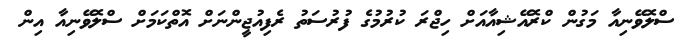
ސްލޮވޭނިއާ މަގުން ކްރޮއޭޝިއާއަށް ހިޖްރަ ކުރުމުގެ ފުރުސަތު ރެފިއުޖީންނަށް އޮތްކަމަށް ސްލޮވޭނިއާ އިން